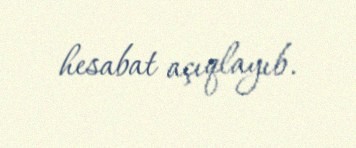
hesabat açıqlayıb.